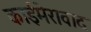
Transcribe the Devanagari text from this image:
काईमेरावाद